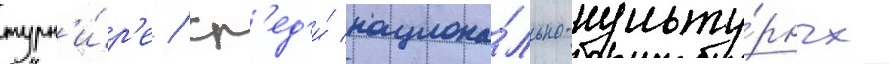
турн'и́р'е / ср'ед'и́ национа́льно-культу́рных